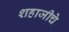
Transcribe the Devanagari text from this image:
शहाजीचे